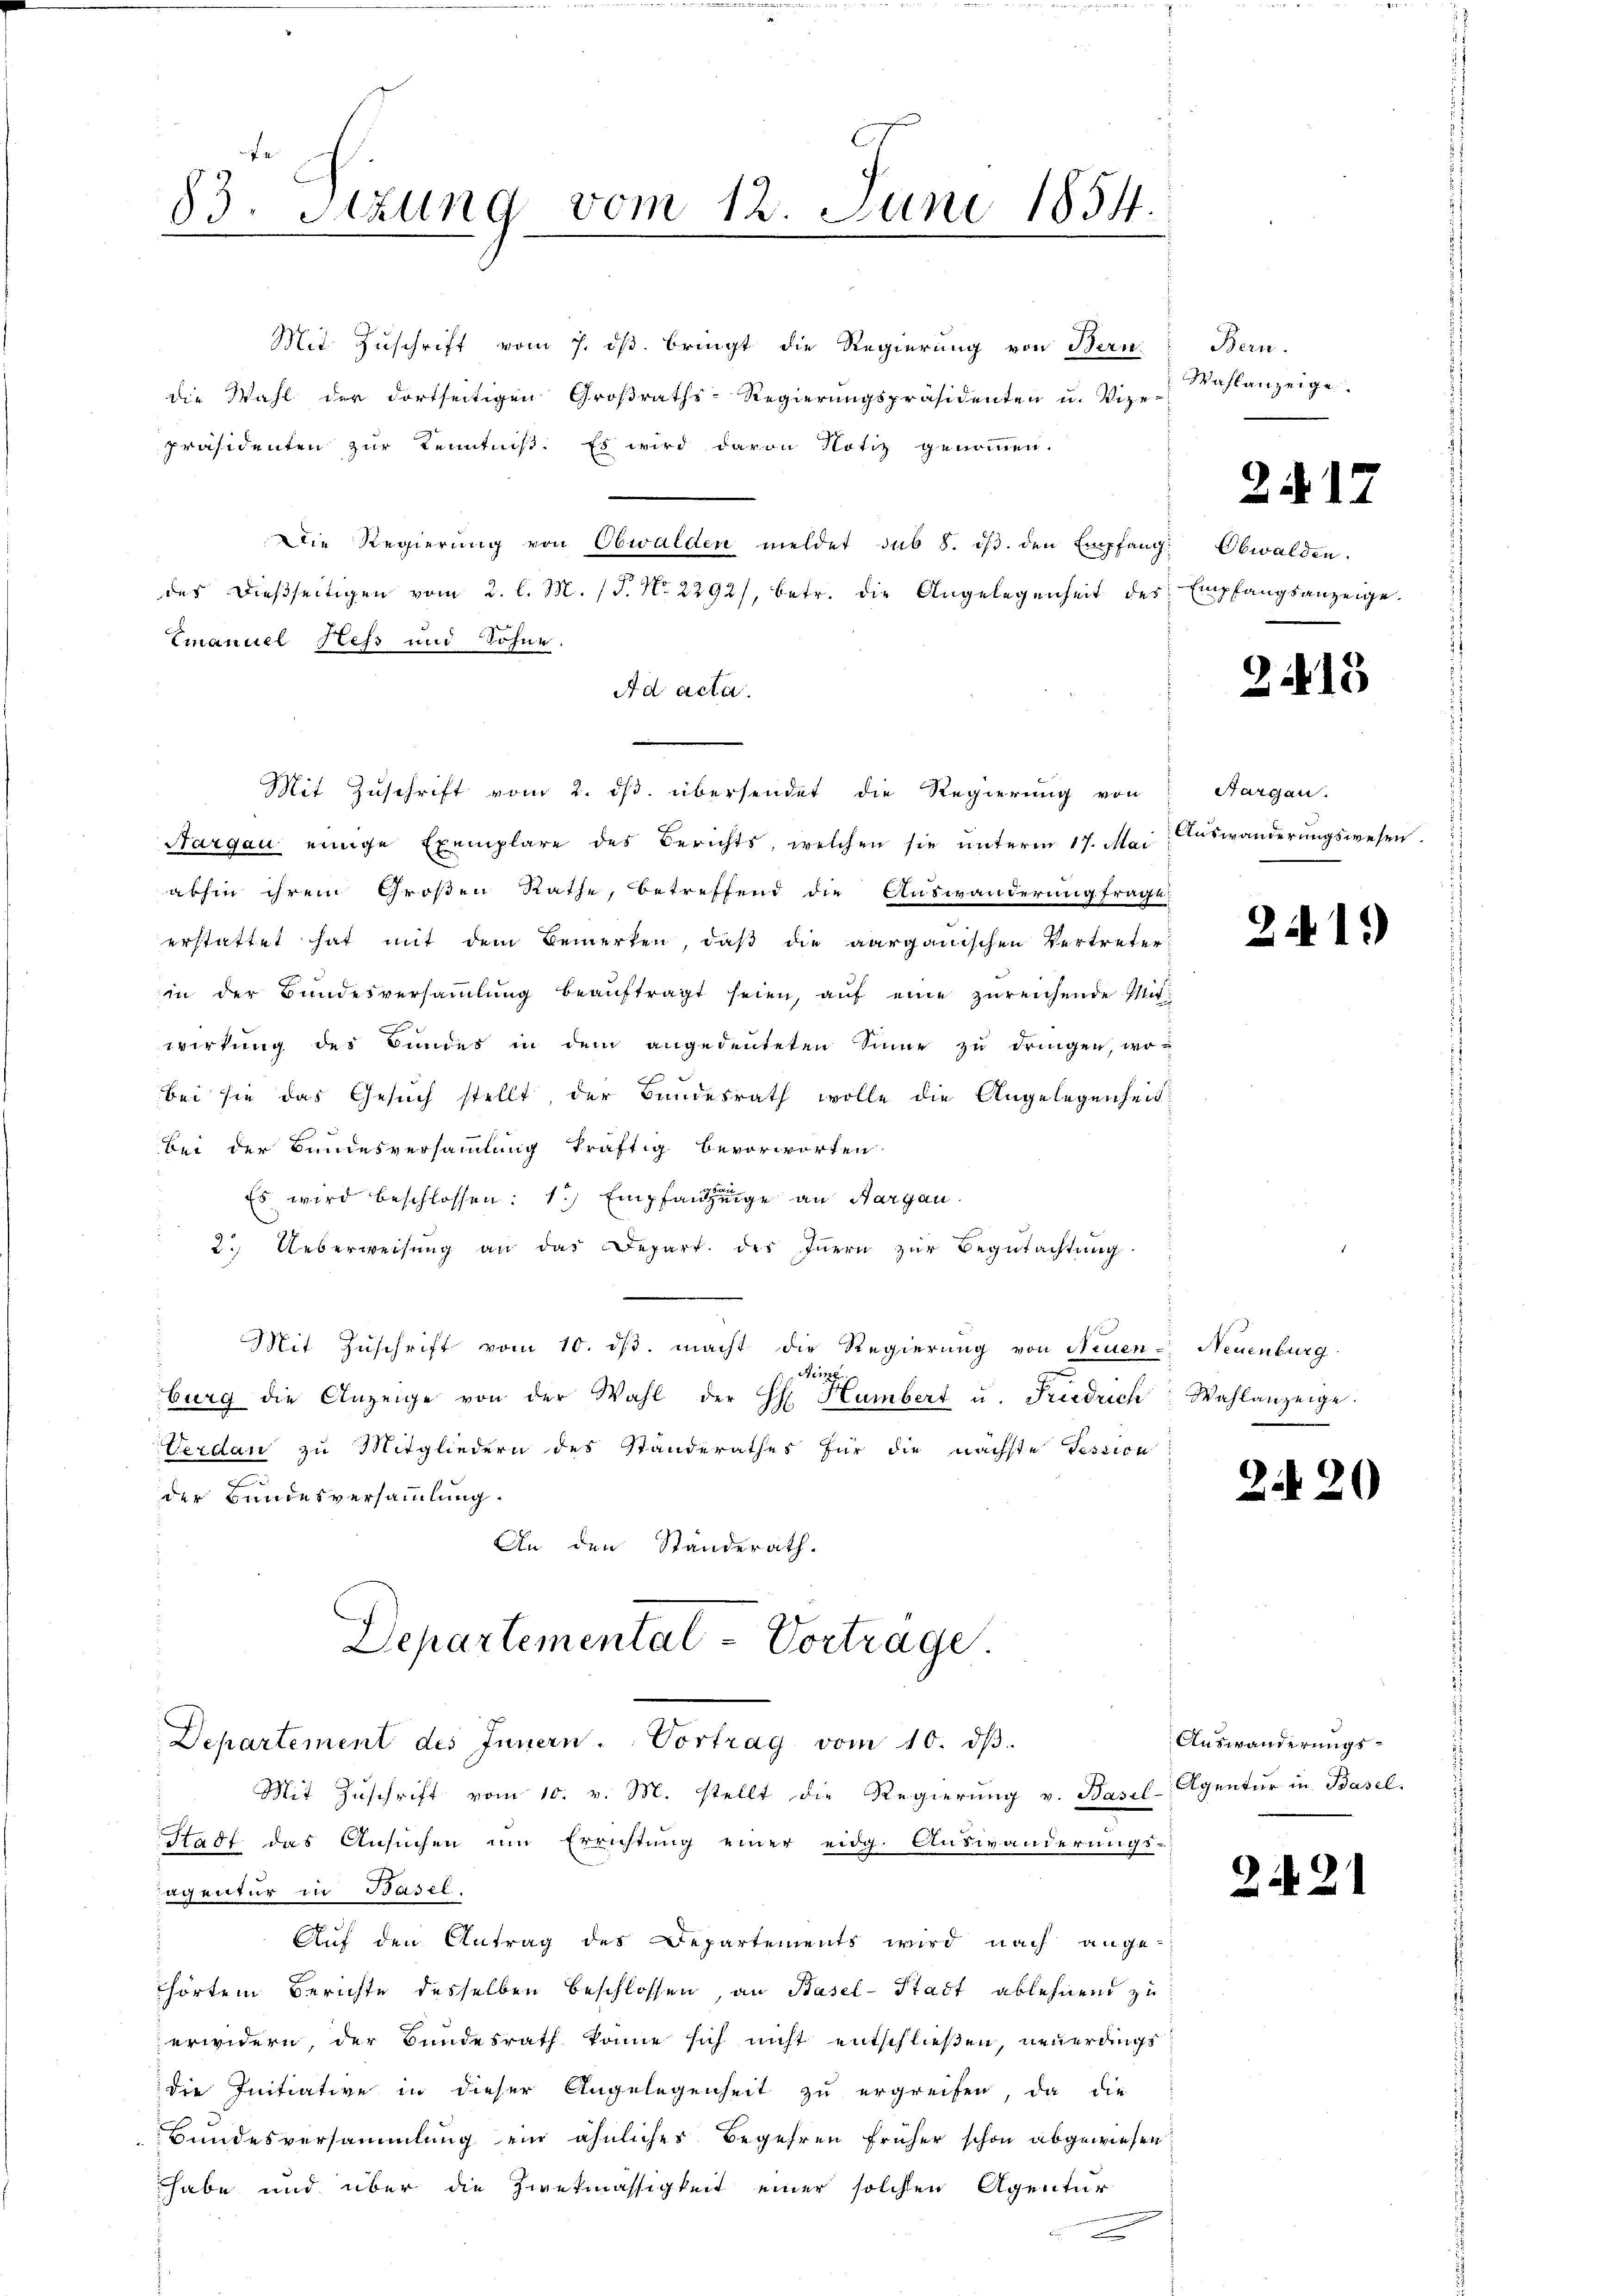
83. Sitzung vom 12. Juni 1854.

Mit Zuschrift vom 7. ds. bringt die Regierung von Bern
die Wahl der dortseitigen Großraths-Regierungspräsidenten u. Vize-
präsidenten zur Kenntniß. Es wird davon Notiz genommen.
Die Regierung von Obwalden meldet sub 8. ds. den Empfang. Obwalden.
des dießseitigen vom 2. l. M. (T. No. 2292/, betr. die Angelegenheit des Empfangsanzeige
Emanuel Hess und Söhne.
Ad acta.
Mit Zuschrift vom 2. ds. übersendet die Regierung von
Nargau einige Exemplare des Berichts, welchen sie unterm 17. Mai Auswanderungswesen
abhin ihrem Großen Rathe, betreffend die Auswanderung fragt:
erstattet hat mit dem Bemerken, daß die aargauischen Vertreter
in der Bŭndesversaṁlŭng beaŭftragt seien, aŭf eine zŭreichende Mitwirkung des Bundes in dem angedeuteten Sinne zu dringen, wo-
bei sie das Gesuch stellt, der Bundesrath wolle die Angelegenheit
bei der Bundesversammlung kräftig bevorworten
Es wird beschlossen: 1.) Empfange an Sargau.
2. Ueberweisŭng an das Depart. des Iṅern zur Begutachtung
Mit Zŭschrift vom 10. dβ. macht die Regierung von Neuen - Neuenburg
Nein.
burg die Anzeige von der Wahl der H. Humbert u. Freidrich Wahlanzeige.
Verdan zu Mitgliedern des Standerathes für die nächste Tession
der Bundesversammlung.
An den Standerath.
Departemental - Vortrage.

Departement des Innern. Vortrag vom 10. dβ.

Mit Zŭschrift vom 10. v. M. stellt die Regierung v. Basel-
Stadt das Ansuchen um Errichtung einer eidg. Auswanderungs-
aquatur in Basel,
Auf den Antrag des Departements wird nach ange-
hörtem Berichte desselben beschlossen, an Basel-Stadt ablehnend zu
erwidern, der Bundesrath könne sich nicht entschließen, neuerdings
die Initiative in dieser Angelegenheit zu ergreifen, da die
Bundesversammlung ein ähnliches Begehren früher schon abgewiesen
habe und über die Zwekmässigkeit einer solchen Agentur

Bern.
Wahlanzeige

217

215

Aargau.

2419

2420

Auswanderungs¬
Agentur in Basel.

2. d. 21